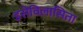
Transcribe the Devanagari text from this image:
इसेविलासिता